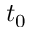
t _ { 0 }